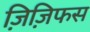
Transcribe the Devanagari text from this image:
ज़िज़िफस